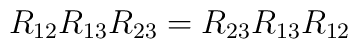
R_{12}R_{13}R_{23} = R_{23}R_{13}R_{12}